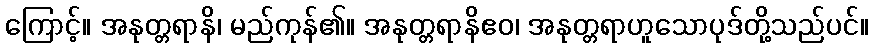
ကြောင့်။ အနုတ္တရာနိ၊ မည်ကုန်၏။ အနုတ္တရာနိဧဝ၊ အနုတ္တရာဟူသောပုဒ်တို့သည်ပင်။